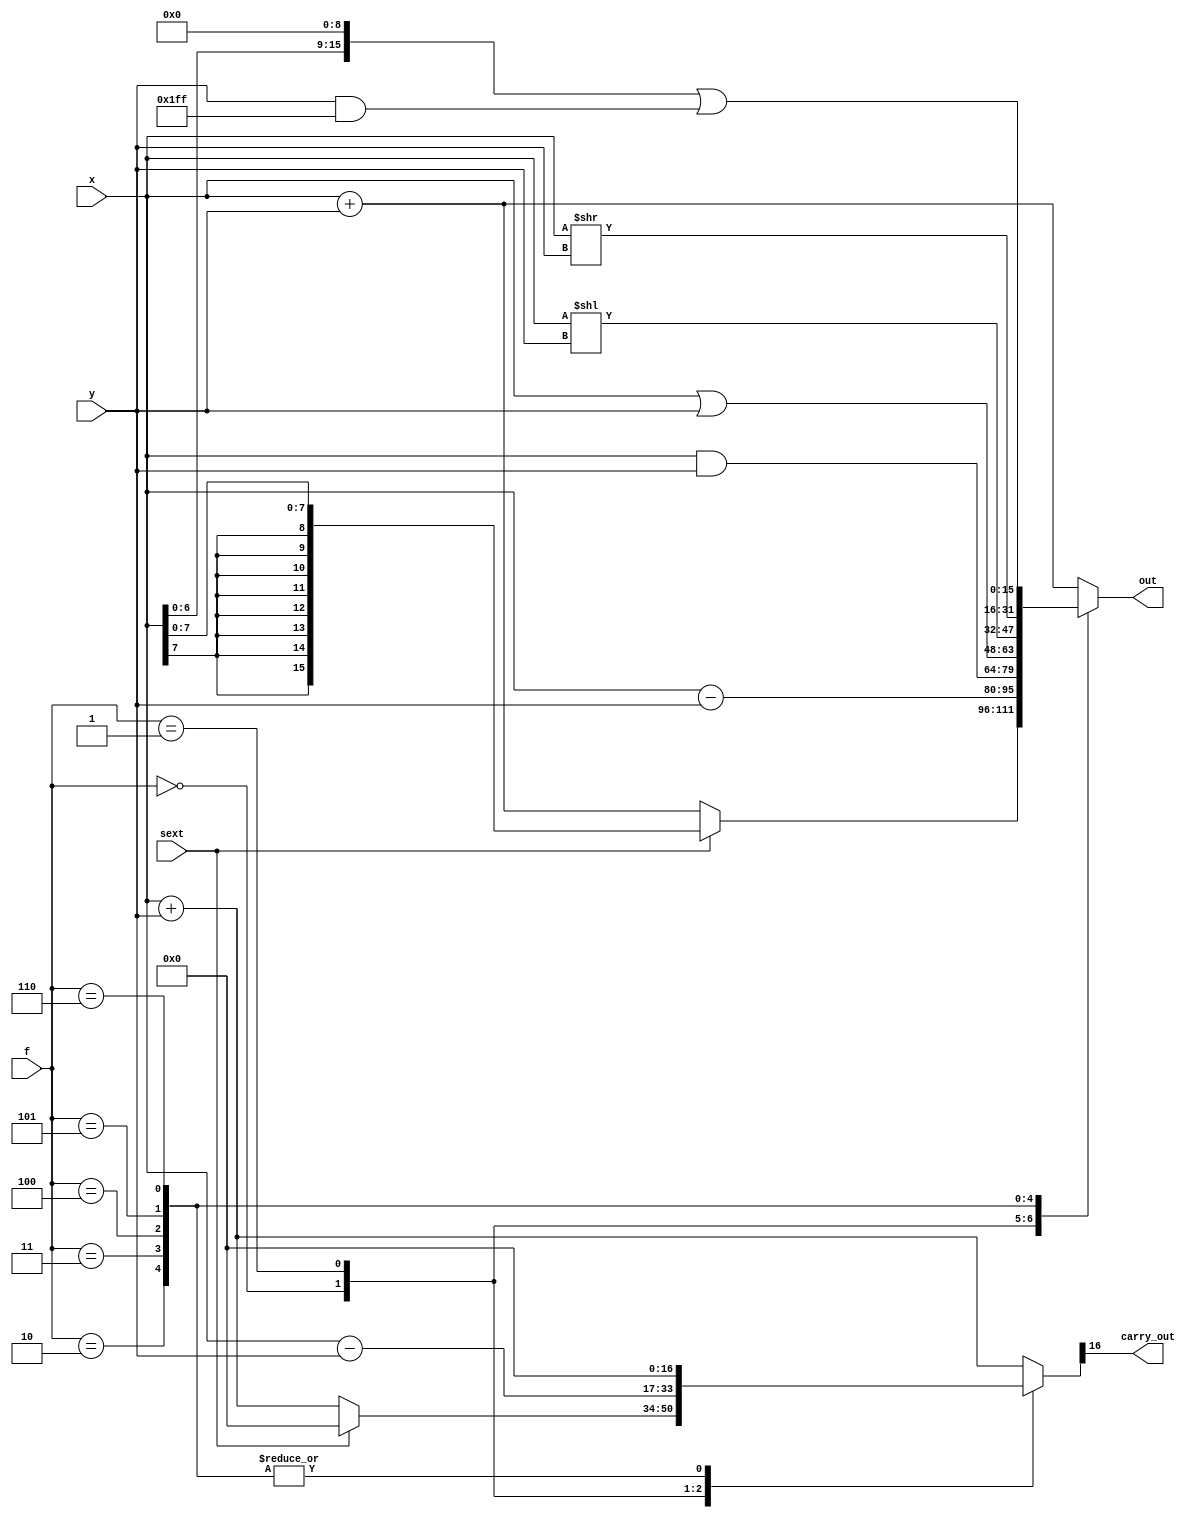
module alu(
  x,y,
  f,
	sext,
  out,
	carry_out
);

  input       [15:0]  x,y;
  input       [2:0]   f;
	input				sext;
  output      [15:0]  out;
	output			carry_out;

  reg [15:0] out;
	reg [16:0] cout;

	assign carry_out = cout[16];

  always @* begin
		cout = 0;

    case(f)
      3'b000:
				begin
					if (sext) begin
						out =  { {8{x[7]}}, {x[7:0]}};
					end else begin
						out = x + y;
						cout = x + y;
					end
				end
      3'b001:
				begin
					out = x - y;
					cout = x - y;
				end
			3'b010: out = x & y;
			3'b011: out = x | y;
			3'b100: out = x << y;
			3'b101: out = x >> y;
			3'b110: out = (x << 9) | (y & 16'h1ff);
      default:
				begin
					out = x + y;
					cout = x + y;
				end
    endcase

  end

endmodule